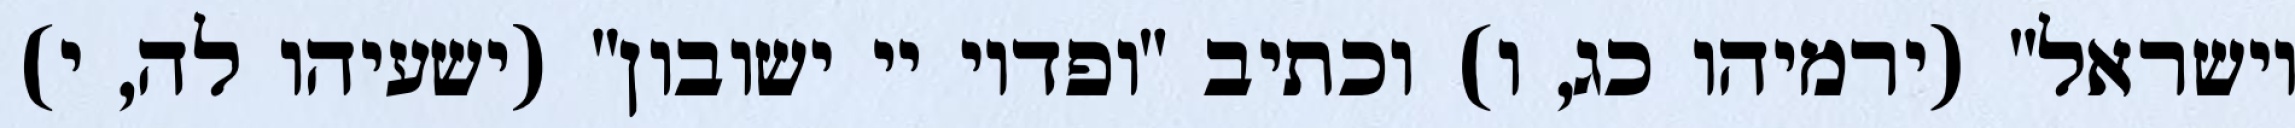
וישראל" (ירמיהו כג, ו) וכתיב "ופדוי יי ישובון" (ישעיהו לה, י)